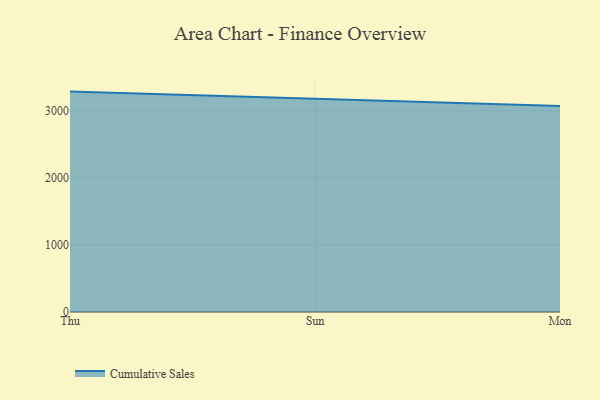
{"axis": {"x": "Day", "y": "Latency (ms)"}, "legend": ["Cumulative Sales"], "data": [{"x": "Thu", "y": 3284.5, "type": "Cumulative Sales"}, {"x": "Sun", "y": 3175.1, "type": "Cumulative Sales"}, {"x": "Mon", "y": 3070.4, "type": "Cumulative Sales"}]}